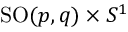
\mathrm { S O } ( p , q ) \times S ^ { 1 }